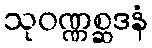
သုဝဏ္ဏစ္ဆဒနံ